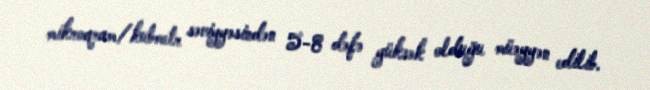
mikroqram/kubmetr səviyyəsindən 5-8 dəfə yüksək olduğu müəyyən edilib.